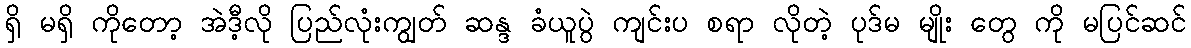
ရှိ မရှိ ကိုတော့ အဲဒီ့လို ပြည်လုံးကျွတ် ဆန္ဒ ခံယူပွဲ ကျင်းပ စရာ လိုတဲ့ ပုဒ်မ မျိုး တွေ ကို မပြင်ဆင်